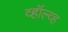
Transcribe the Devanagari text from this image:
व्हॉल्व्ह